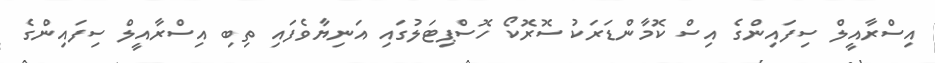
އިސްރާއީލް ސިފައިންގެ އިސް ކޮމާންޑަރަކު ސޮރޮކޯ ހޮސްޕިޓަލުގައި އަނިޔާވެފައި ތިބި އިސްރާއީލް ސިފައިންގެ